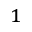
^ { 1 }